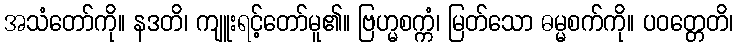
အသံတော်ကို။ နဒတိ၊ ကျူးရင့်တော်မူ၏။ ဗြဟ္မစက္ကံ၊ မြတ်သော ဓမ္မစက်ကို။ ပဝတ္တေတိ၊